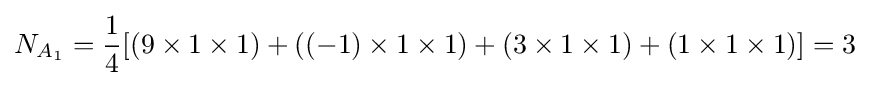
N_{A_{1}}={\frac {1}{4}}[(9\times 1\times 1)+((-1)\times 1\times 1)+(3\times 1\times 1)+(1\times 1\times 1)]=3